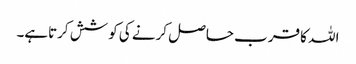
اللہ کا قرب حاصل کرنے کی کوشش کرتاہے۔